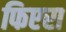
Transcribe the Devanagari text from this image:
फिएरा